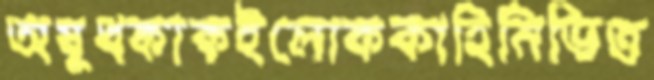
অষুধকাকইলোককাহিনিভিত্ত